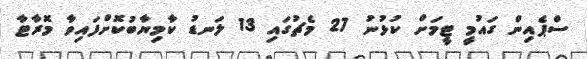
ސްޕެއިން ގައުމީ ޓީމަށް ކުޅުނު 27 މެޗުގައި 13 ލަނޑު ކާމިޔާބުކޮށްފައިވާ މޮރާޓާ